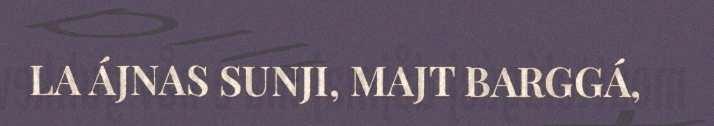
LA ÁJNAS SUNJI, MAJT BARGGÁ,